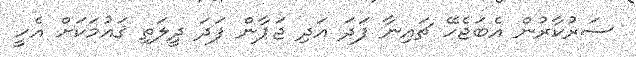
ސަރުކާރުން އެބަޖެހޭ ޗައިނާ ފަދަ އަދި ޖަޕާން ފަދަ ދީލަތި ޤައުމަކަށް އެހީ